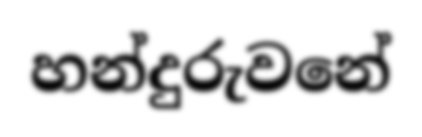
හන්දුරුවනේ